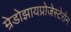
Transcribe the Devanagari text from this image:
म्रेडोझायप्रोजेस्टेरोन